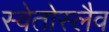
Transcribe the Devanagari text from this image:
स्वेतोस्लैव